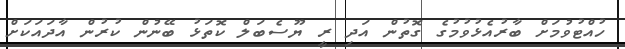
ހުއްޓުވުމަށް ބާރުއެޅުވުމުގެ ގޮތުން އަދި ރީ ޔޫސެބަލް ކޮތަޅު ބޭނުން ކުުރުން އާދައަކަށް